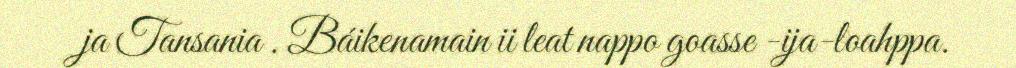
ja Tansania . Báikenamain ii leat nappo goasse -ija-loahppa.